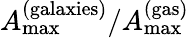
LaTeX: A_{\mathrm{max}}^{\mathrm{(galaxies)}}/A_{\mathrm{max}}^{\mathrm{(gas)}}